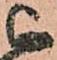
被